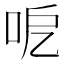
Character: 呝